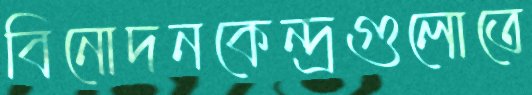
বিনোদনকেন্দ্রগুলোতে